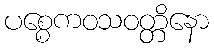
ပစ္စေကဝသဝတ္တိနော